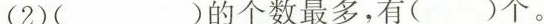
(2)()的个数最多，有()个。